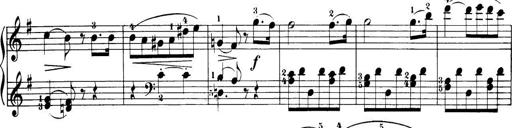
Title: 32 Sonatinas and Rondos for the Piano
Composer: Richard Kleinmichel